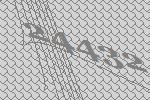
24432